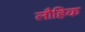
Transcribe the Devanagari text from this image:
लौहिक